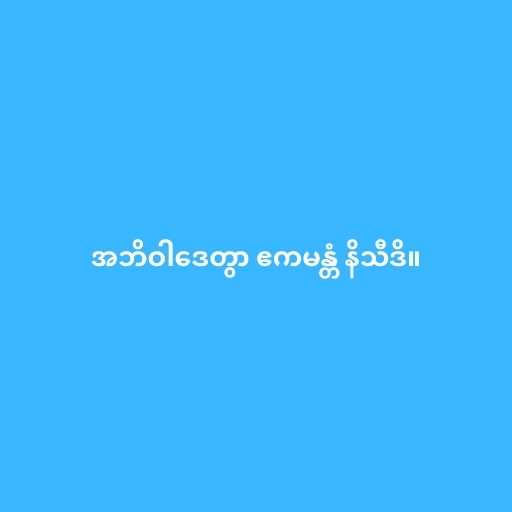
အဘိဝါဒေတွာ ဧကမန္တံ နိသီဒိ။